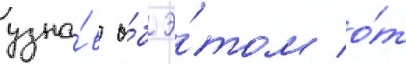
узна́в о́б э́том о́т